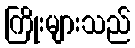
ကြိုးများသည်